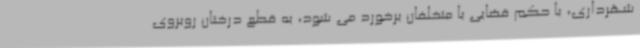
شهرداری، با حکم قضایی با متخلفان برخورد می شود، به قطع درختان روبروی